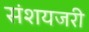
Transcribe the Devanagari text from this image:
संशयजरी